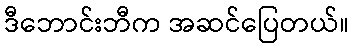
ဒီဘောင်းဘီက အဆင်ပြေတယ်။